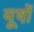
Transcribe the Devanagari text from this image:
यूषों